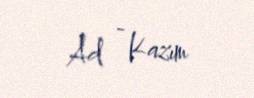
Ad - Kazım